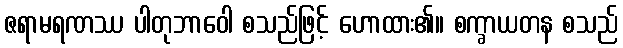
ဇရာမရဏဿ ပါတုဘာဝေါ စသည်ဖြင့် ဟောထား၏။ စက္ခာယတန စသည်